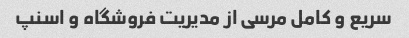
سریع و کامل مرسی از مدیریت فروشگاه و اسنپ